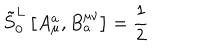
\tilde { S } _ { 0 } ^ { L } \left[ A _ { \mu } ^ { a } , B _ { a } ^ { \mu \nu } \right] = \frac { 1 } { 2 }